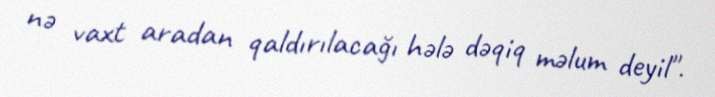
nə vaxt aradan qaldırılacağı hələ dəqiq məlum deyil".